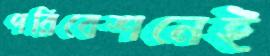
পরিবেশনেই